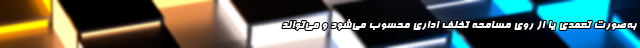
به‌صورت تعمدی یا از روی مسامحه تخلف اداری محسوب می‌شود و می‌تواند